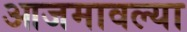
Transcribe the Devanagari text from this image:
आजमावल्या